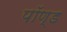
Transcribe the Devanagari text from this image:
पॉण्ड